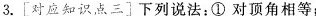
3.[对应知识点三]下列说法：①对顶角相等；